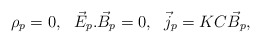
\begin{align*}\rho_p = 0 , \ \ \vec E_p . \vec B_p = 0 , \ \ \vec j_p =KC\vec B_p ,\end{align*}